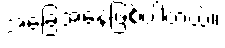
အခြေအနေဖြစ်ပါတယ်။